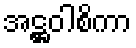
အဋ္ဌဝါစိကာ